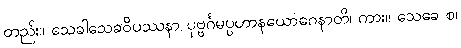
တည်း။ သေခါသေခဝိပဿနာ ပုဗ္ဗင်္ဂမပ္ပဟာနယောဂေနာတိ၊ ကား။ သေခေ စ၊